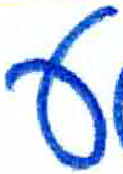
אות: ע